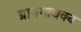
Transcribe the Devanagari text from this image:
ग्राममाधवन